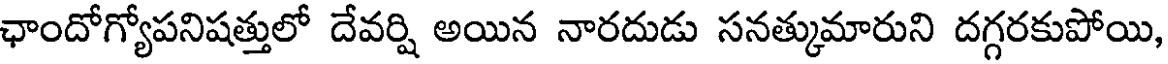
ఛాందోగ్యోపనిషత్తులో దేవర్షి అయిన నారదుడు సనత్కుమారుని దగ్గరకుపోయి,